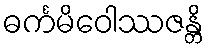
ဓင်္ကမိဝေါဿဇန္တိ